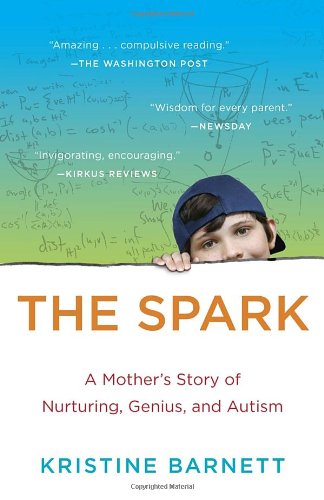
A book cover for The Spark: A Mother's Story of Nurturing, Genius, and Autism; Kristine Barnett; Health, Fitness & Dieting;